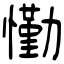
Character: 懄